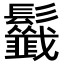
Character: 𩰁